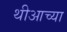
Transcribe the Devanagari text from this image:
थीआच्या